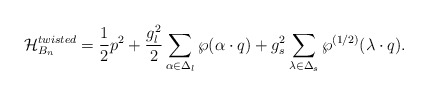
\begin{align*}{\cal H}_{B_n}^{twisted}={1\over2}p^2+{g_l^2\over2} \sum_{\alpha\in\Delta_l} \wp(\alpha\cdot q)+ {g_s^2}\sum_{\lambda\in\Delta_s} \wp^{(1/2)}(\lambda\cdot q). \end{align*}